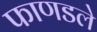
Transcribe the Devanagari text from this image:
फाणडले